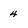
Character: 4